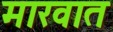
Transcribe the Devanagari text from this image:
मारवात